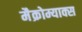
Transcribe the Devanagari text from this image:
मैक्रोम्याक्स